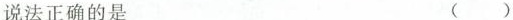
说法正确的是 ()